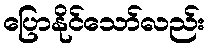
ပြောနိုင်သော်လည်း